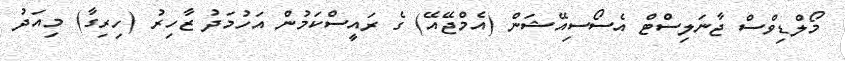
މޯލްޑިވްސް ޖާނަލިސްޓް އެސޯސިއޭޝަން (އެމްޖޭއޭ) ގެ ރައީސްކަމުން އަހުމަދު ޒާހިރު (ހިރިގާ) މިއަދު